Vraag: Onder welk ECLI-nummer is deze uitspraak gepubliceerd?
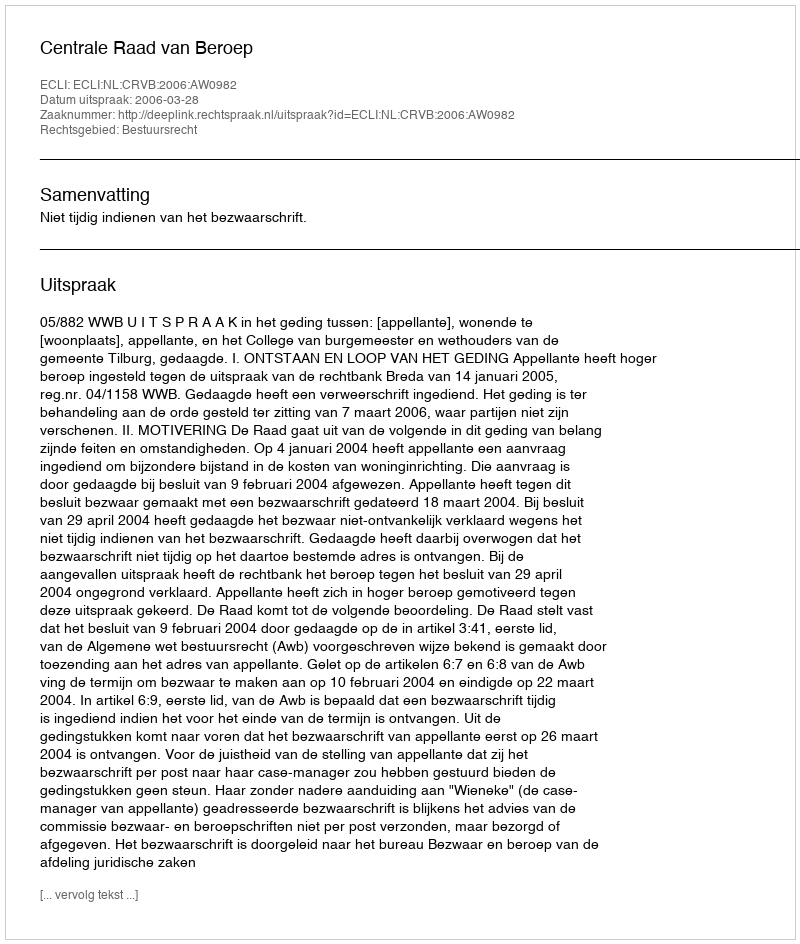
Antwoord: ECLI:NL:CRVB:2006:AW0982